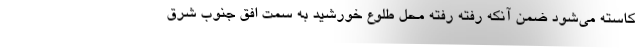
کاسته می‌شود ضمن آنکه رفته رفته محل طلوع خورشید به سمت افق جنوب شرق